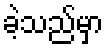
ခဲ့သည်မှာ